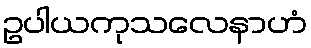
ဥပါယကုသလေနာဟံ